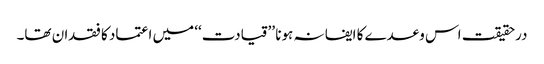
درحقیقت اس وعدے کا ایفا نہ ہونا ’’قیادت‘‘ میں اعتماد کا فقدان تھا۔